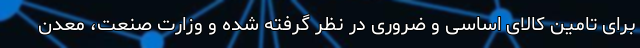
برای تامین کالای اساسی و ضروری در نظر گرفته شده و وزارت صنعت، معدن